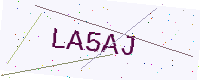
Text: LA5AJ